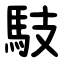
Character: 馶